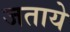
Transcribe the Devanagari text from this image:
जताये